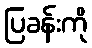
ပြခန်းကို